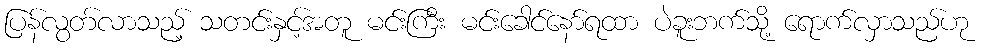
ပြန်လွတ်လာသည့် သတင်းနှင့်အတူ မင်းကြီး မင်းခေါင်နော်ရထာ ပဲခူးဘက်သို့ ရောက်လှာသည်ဟု